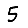
Digit: 5